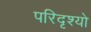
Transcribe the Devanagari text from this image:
परिदृश्‍यो